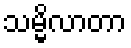
သမ္မိလာတာ